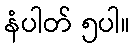
နံပါတ် ၅ပါ။